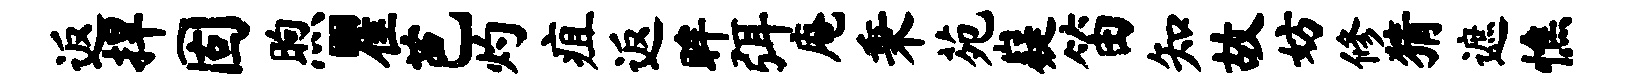
返捍固煦瞿芭灼疽返眸弭庵秉苑嶷笛知故妨修猜遮憔